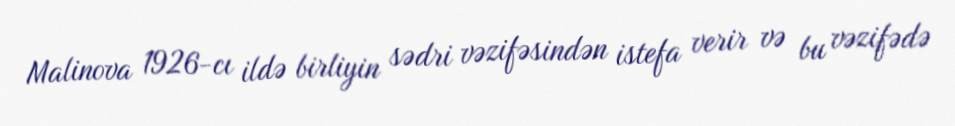
Malinova 1926-cı ildə birliyin sədri vəzifəsindən istefa verir və bu vəzifədə